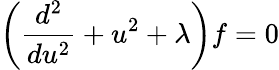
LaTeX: \left({\frac{d^{2}}{du^{2}}}+u^{2}+\lambda\right)f=0